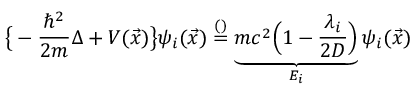
\big \{ - \frac { \hbar ^ { 2 } } { 2 m } \Delta + V ( \vec { x } ) \big \} \psi _ { i } ( \vec { x } ) \overset { \footnotesize ( ) } { = } \underbrace { m c ^ { 2 } \Big ( 1 - \frac { \lambda _ { i } } { 2 D } \Big ) } _ { E _ { i } } \psi _ { i } ( \vec { x } )